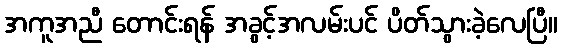
အကူအညီ တောင်းရန် အခွင့်အလမ်းပင် ပိတ်သွားခဲ့လေပြီ။